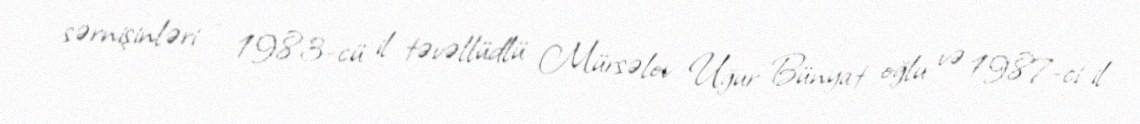
sərnişinləri - 1983-cü il təvəllüdlü Mürsəlov Uğur Bünyat oğlu və 1987-ci il